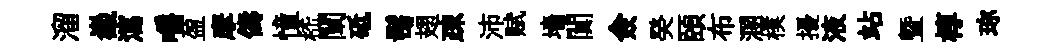
溜嶻瀉嚼盈摩儔憧嵇闡砥髩翅疎沛赋墻闃僉癸頤布溷樸擾液站曁椁珎